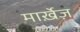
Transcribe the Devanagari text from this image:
मार्ख़ेज़